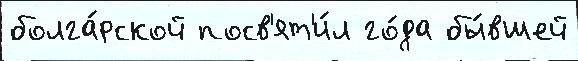
болга́рской посв'ят'и́л го́да бы́вшей